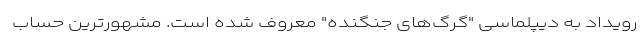
رویداد به دیپلماسی "گرگ‌های جنگنده" معروف شده است. مشهورترین حساب